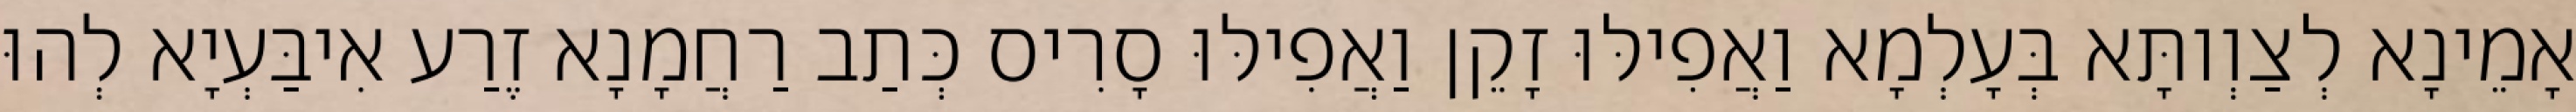
אָמֵינָא לְצַוְותָּא בְּעָלְמָא וַאֲפִילּוּ זָקֵן וַאֲפִילּוּ סָרִיס כְּתַב רַחֲמָנָא זֶרַע אִיבַּעְיָא לְהוּ